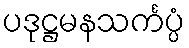
ပဒုဋ္ဌမနသင်္ကပ္ပံ